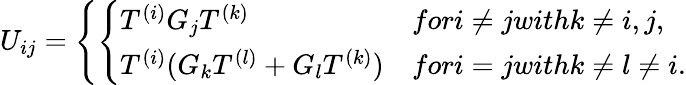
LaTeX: U_{ij}=\left\{ \left\{ \begin{array}{ll}{{T^{(i)}G_{j}T^{(k)}}}&{{fori\neq jwithk\neq i,j,}}\\ {{T^{(i)}(G_{k}T^{(l)}+G_{l}T^{(k)})}}&{{fori=jwithk\neq l\neq i.}}\end{array}\right.\right.